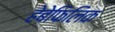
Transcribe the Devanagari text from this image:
हेबेफिलिक